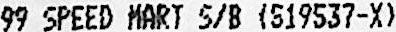
99 SPEED MART S/B (519537-X)